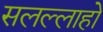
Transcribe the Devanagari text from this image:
सलल्लाहो